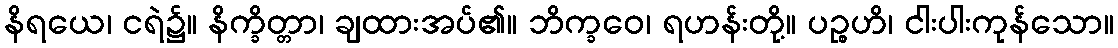
နိရယေ၊ ငရဲ၌။ နိက္ခိတ္တာ၊ ချထားအပ်၏။ ဘိက္ခဝေ၊ ရဟန်းတို့။ ပဉ္စဟိ၊ ငါးပါးကုန်သော။